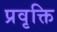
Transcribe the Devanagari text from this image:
प्रवृक्ति